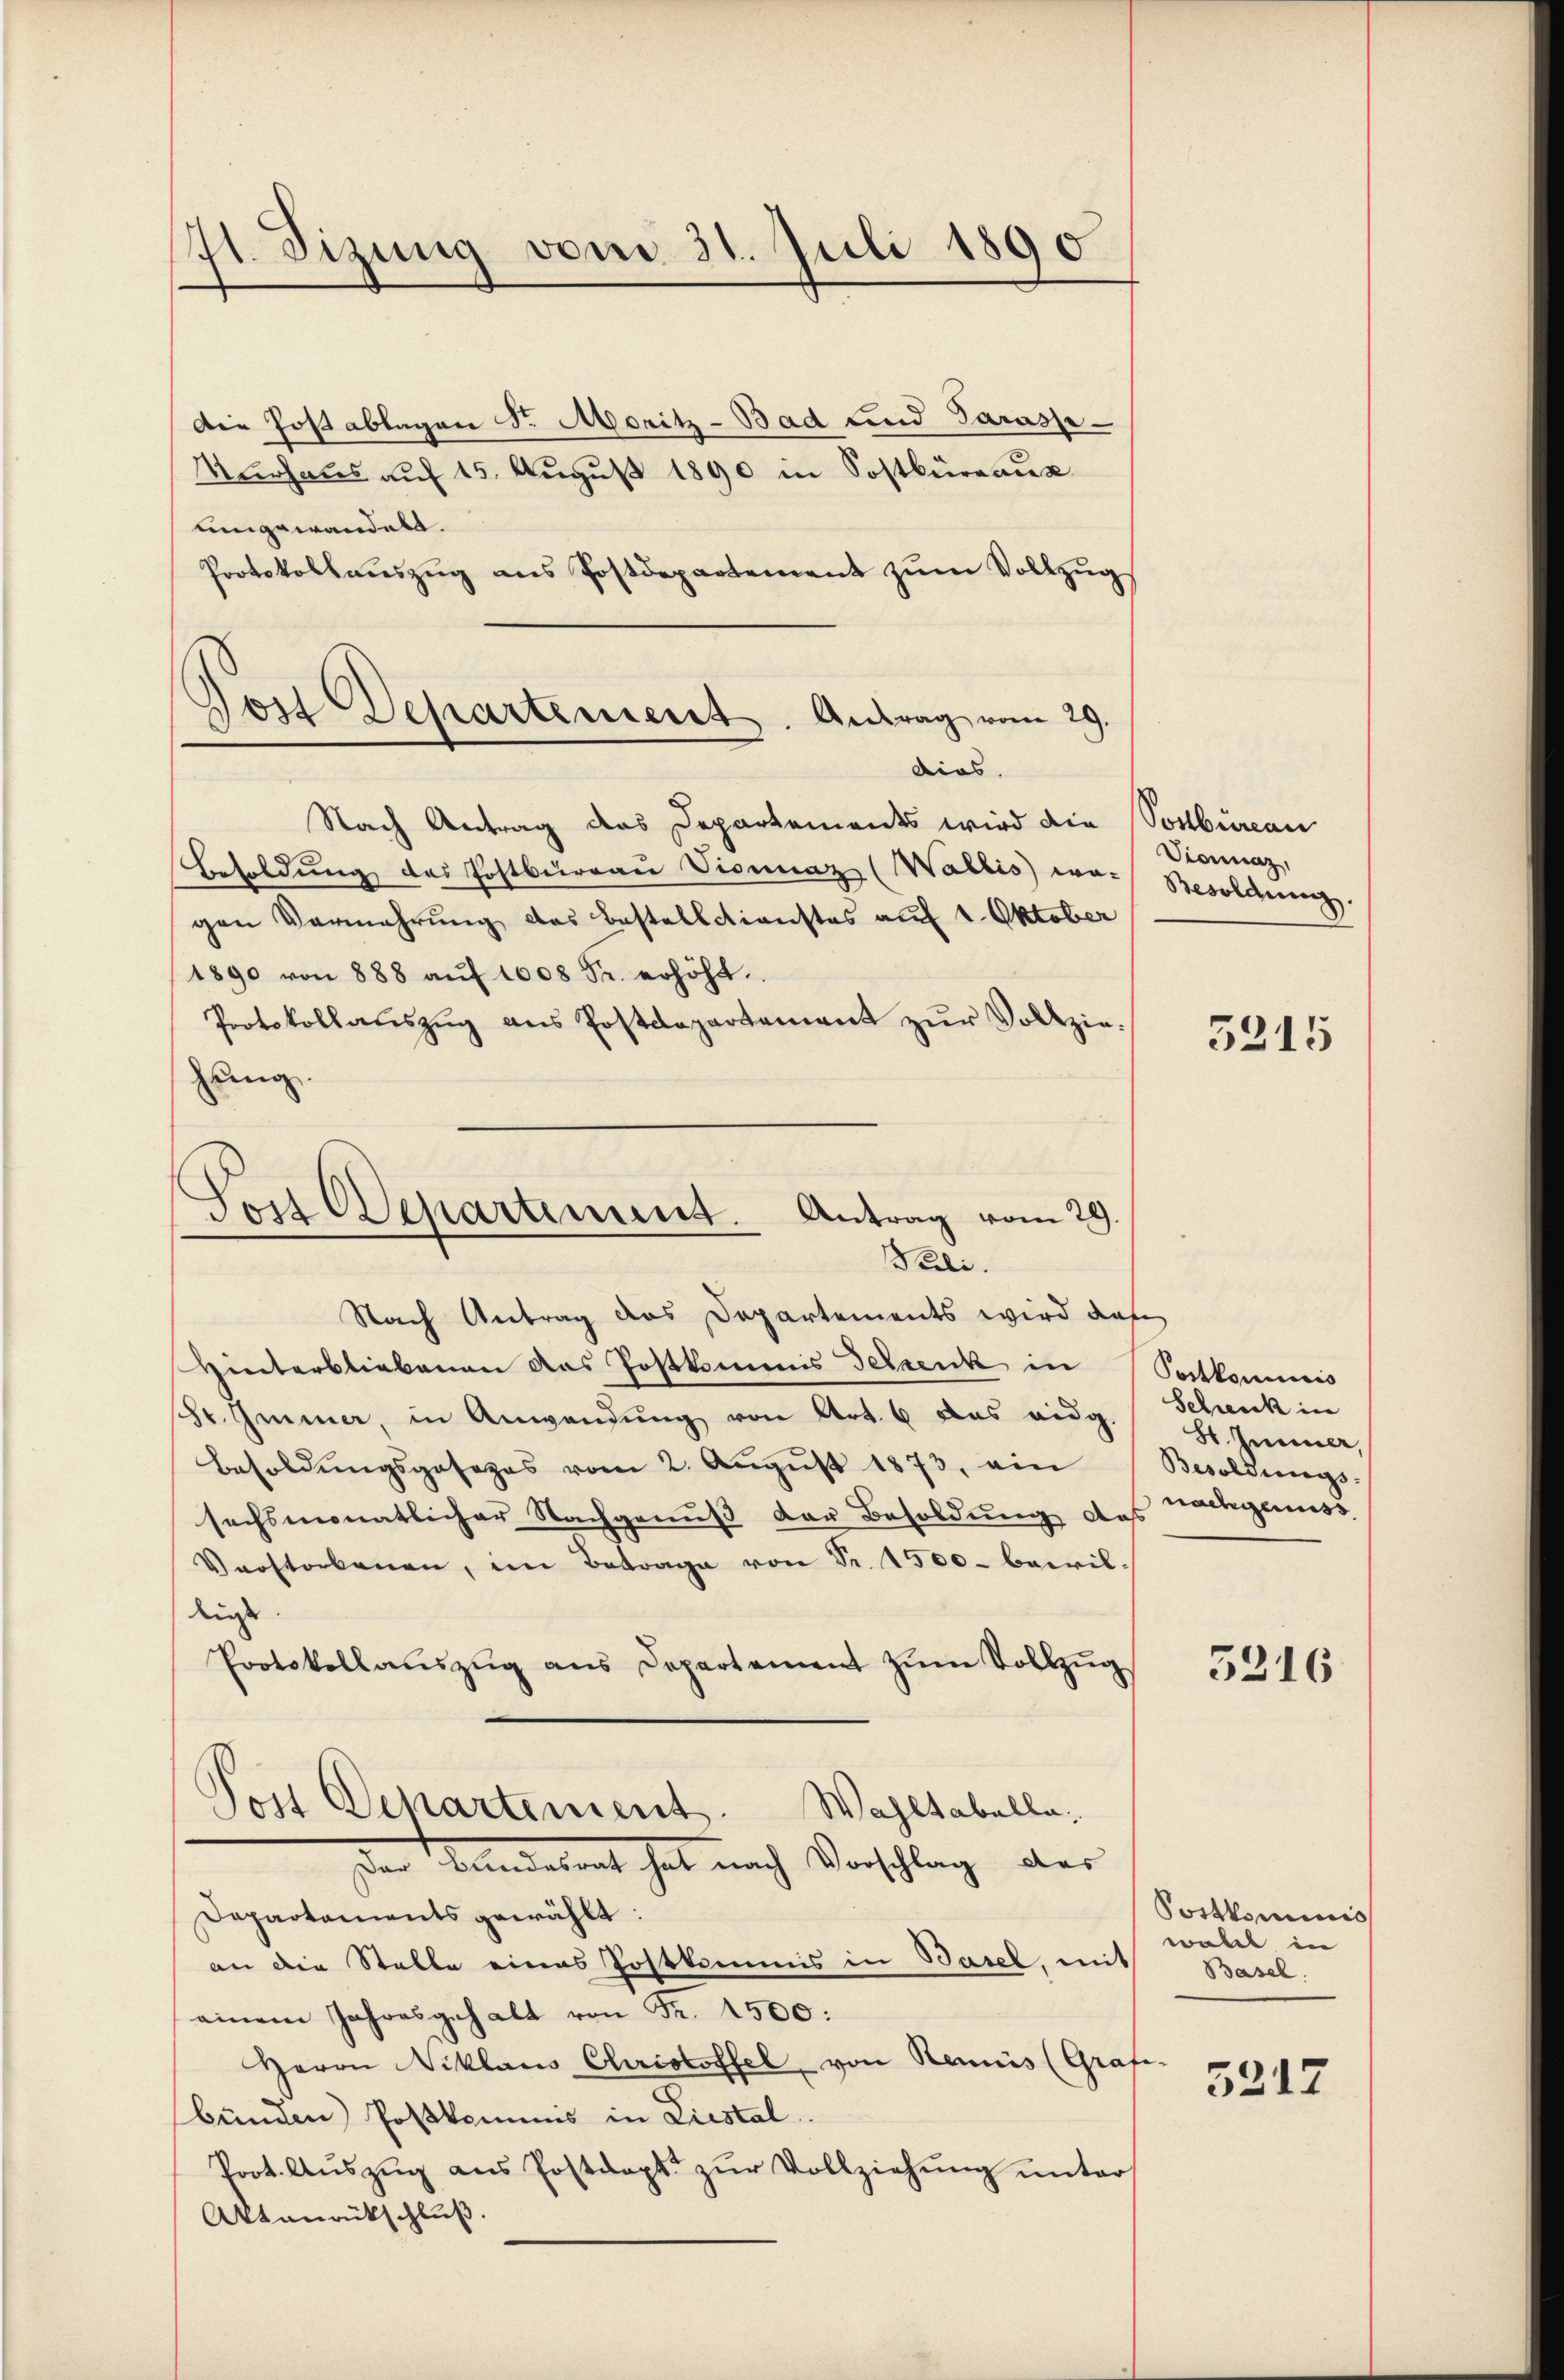
41. Sizung vom 31. Juli 1890

Die Post ablagen Sr. Moritz-Bad und Parass-
urhaus auf 15. August 1890 in Sostbüreaus
umgewandelt.
Protokollauszug aus Postdepartement zum Vollzug
dias.
Besoldŭng des Echtbürgaŭ Dionnaz (Wallis) wo- Besoldung.
gen Vermehrung des Bestelldienstes auf 1. Oktober
1890 von 888 aŭf 1008 Sr. erhöht.
Protokollauszug aus Postdepartement zŭr Vollziehung
Nach Antrag des Departements wird daß
Hieiterbliebenen das Postkommis Felsenk in
sr. Immer, in Anwendung von Art. 6 das eidg.
Besoldungsgesezes vom 2. August 1873, ein
sechsmonatlicher Nachgenuß der Besoldung des
Verstorbenen, im Betrage von Fr. 1500 bewil-
dus.
Protokollaŭszŭg ans Departement zŭm Vollzŭg
)
Von Departement.
Wahltabella.
Der Bundesrat hat nach Vorschlag des
Departements gewählt:
an die Stelle eines Postkommis in Basel, mit Basel.
einem Jahresgehalt von Fr. 1500:
Herrn Niklaus Christoffel, von Remüs (Grafe.
bünden Postkommnis in Liestal
Prot. Aŭszŭg ans Postdapt. zŭr Vollziehŭng ŭnter
Aktanrückschluß.

Jost Departement. Antrag vom 29.
Nach Antrag des Departements wird die Postbureau

Jost Departement. Antrag vom 29.
Peeli.

Vionnaz,

5215

Postkomicis
Schenk in
S. Immer,
Besoldungs-
nachgenuss

5316

Postkominis
wohl in

5217